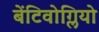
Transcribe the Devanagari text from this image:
बेंटिवोग्लियो